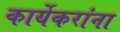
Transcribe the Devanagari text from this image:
कार्येकरांना